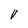
Character: V